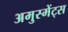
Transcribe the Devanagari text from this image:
अमुस्मेंट्स